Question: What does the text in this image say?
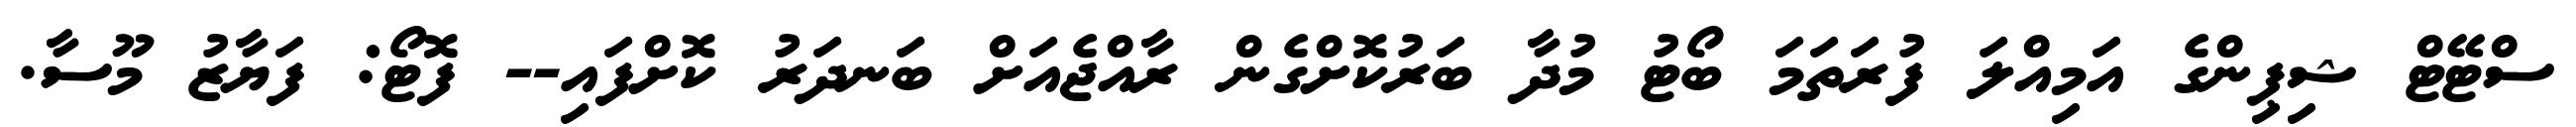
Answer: ސްޓޭޓް ޝިޕިންގެ އަމިއްލަ ފުރަތަމަ ބޯޓު މުދާ ބަރުކޮށްގެން ރާއްޖެއަށް ބަނދަރު ކޮށްފައި-- ފޮޓޯ: ފަޔާޒު މޫސާ.